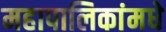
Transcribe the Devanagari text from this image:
महापालिकांमधे